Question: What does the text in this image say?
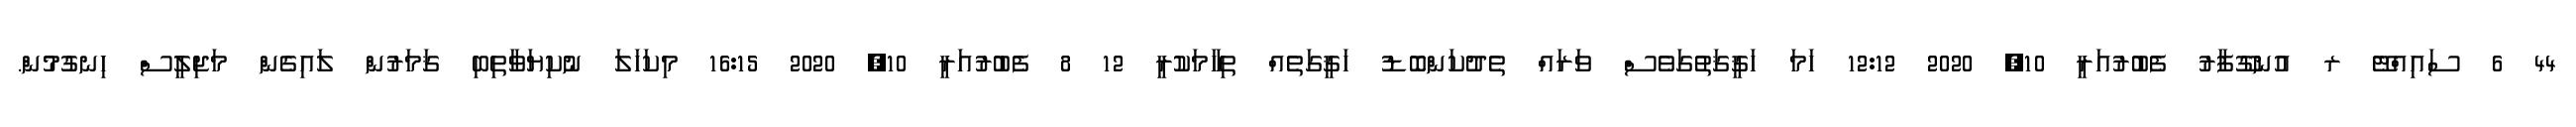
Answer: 44 6 ސައިއްޓޭ ރ އުނގޫފާރު ފެބުރުއަރީ 10, 2020 12:12 ހަމަ ހަޤީޤަތުގަވެސް ވަރައް ތެދުކަންބޮޑު ހަޤީގަތެއް ތިހާމަކުރީ 12 8 ފެބުރުއަރީ 10, 2020 16:15 މިކަހަލަ ނުކިޔަވާތިބި ޤަމަރުން ލައިގެން މަޖިލީސް ހިނގުމުން.